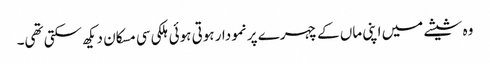
وہ شیشے میں اپنی ماں کے چہرے پر نمودار ہوتی ہوئی ہلکی سی مسکان دیکھ سکتی تھی۔